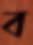
ব